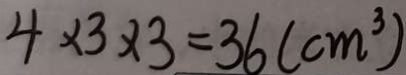
4 \times 3 \times 3 = 3 6 ( c m ^ { 3 } )